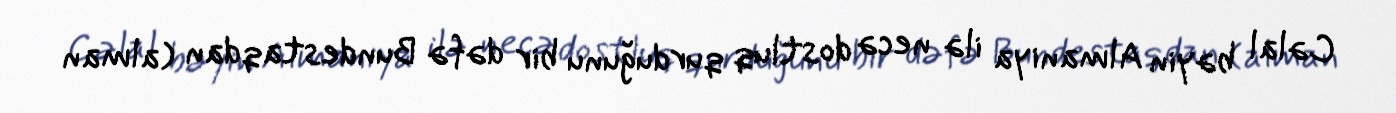
Cəlal bəyin Almaniya ilə necə dostluq qurduğunu bir dəfə Bundestaqdan (alman